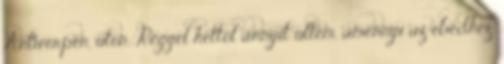
Antwerpen, úton. Reggel héttől annyit ültem, amennyi az ebédhez,